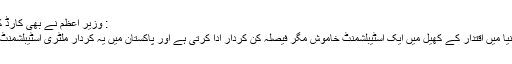
: وزیر اعظم نے بھی کارڈ کھیل دیا
پوری دنیا میں اقتدار کے کھیل میں ایک اسٹیبلشمنٹ خاموش مگر فیصلہ کن کردار ادا کرتی ہے اور پاکستان میں یہ کردار ملٹری اسٹیبلشمنٹ کا ہے۔